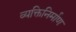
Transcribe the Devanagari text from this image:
व्यक्तिनिर्माण